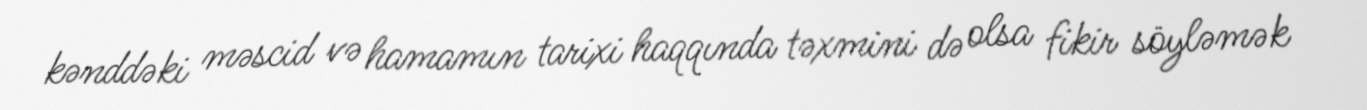
kənddəki məscid və hamamın tarixi haqqında təxmini də olsa fikir söyləmək